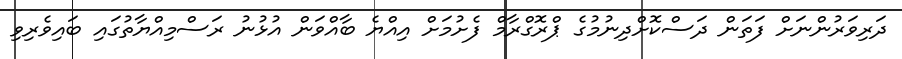
ދަރިވަރުންނަށް ފަތަން ދަސްކޮށްދިނުމުގެ ޕްރޮގްރާމް ފެށުމަށް އިއްޔެ ބާއްވަން އުޅުނު ރަސްމިއްޔާތުގައި ބައިވެރިވި